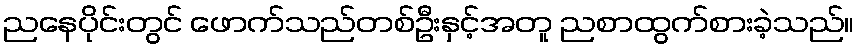
ညနေပိုင်းတွင် ဖောက်သည်တစ်ဦးနှင့်အတူ ညစာထွက်စားခဲ့သည်။